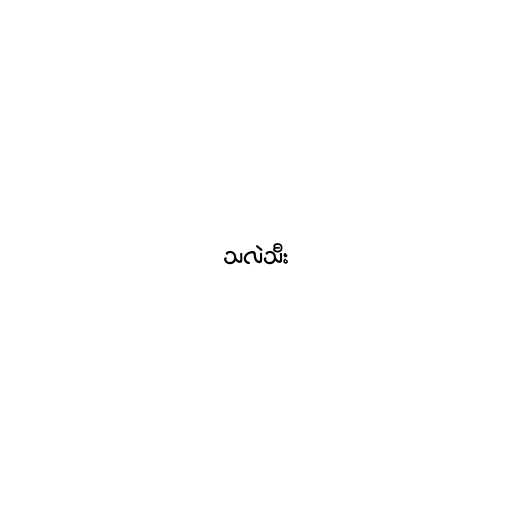
သလဲသီး